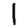
Digit: 1